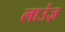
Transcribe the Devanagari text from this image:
लाउंज़